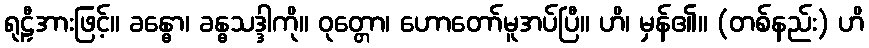
ရုဠှီအားဖြင့်။ ခန္ဓော၊ ခန္ဓသဒ္ဒါကို။ ဝုတ္တော၊ ဟောတော်မူအပ်ပြီ။ ဟိ၊ မှန်၏။ (တစ်နည်း) ဟိ